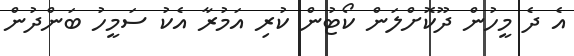
އެ ދެ މީހުން ދޫކޮށްލަން ކޯޓުން ކުރި އަމުރާ އެކު ސަމީހު ބަންދުން